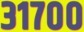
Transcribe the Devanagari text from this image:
३१७००